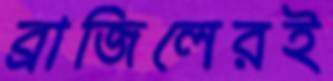
ব্রাজিলেরই